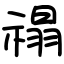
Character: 禢